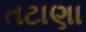
તટાણા